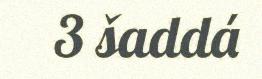
3 šaddá